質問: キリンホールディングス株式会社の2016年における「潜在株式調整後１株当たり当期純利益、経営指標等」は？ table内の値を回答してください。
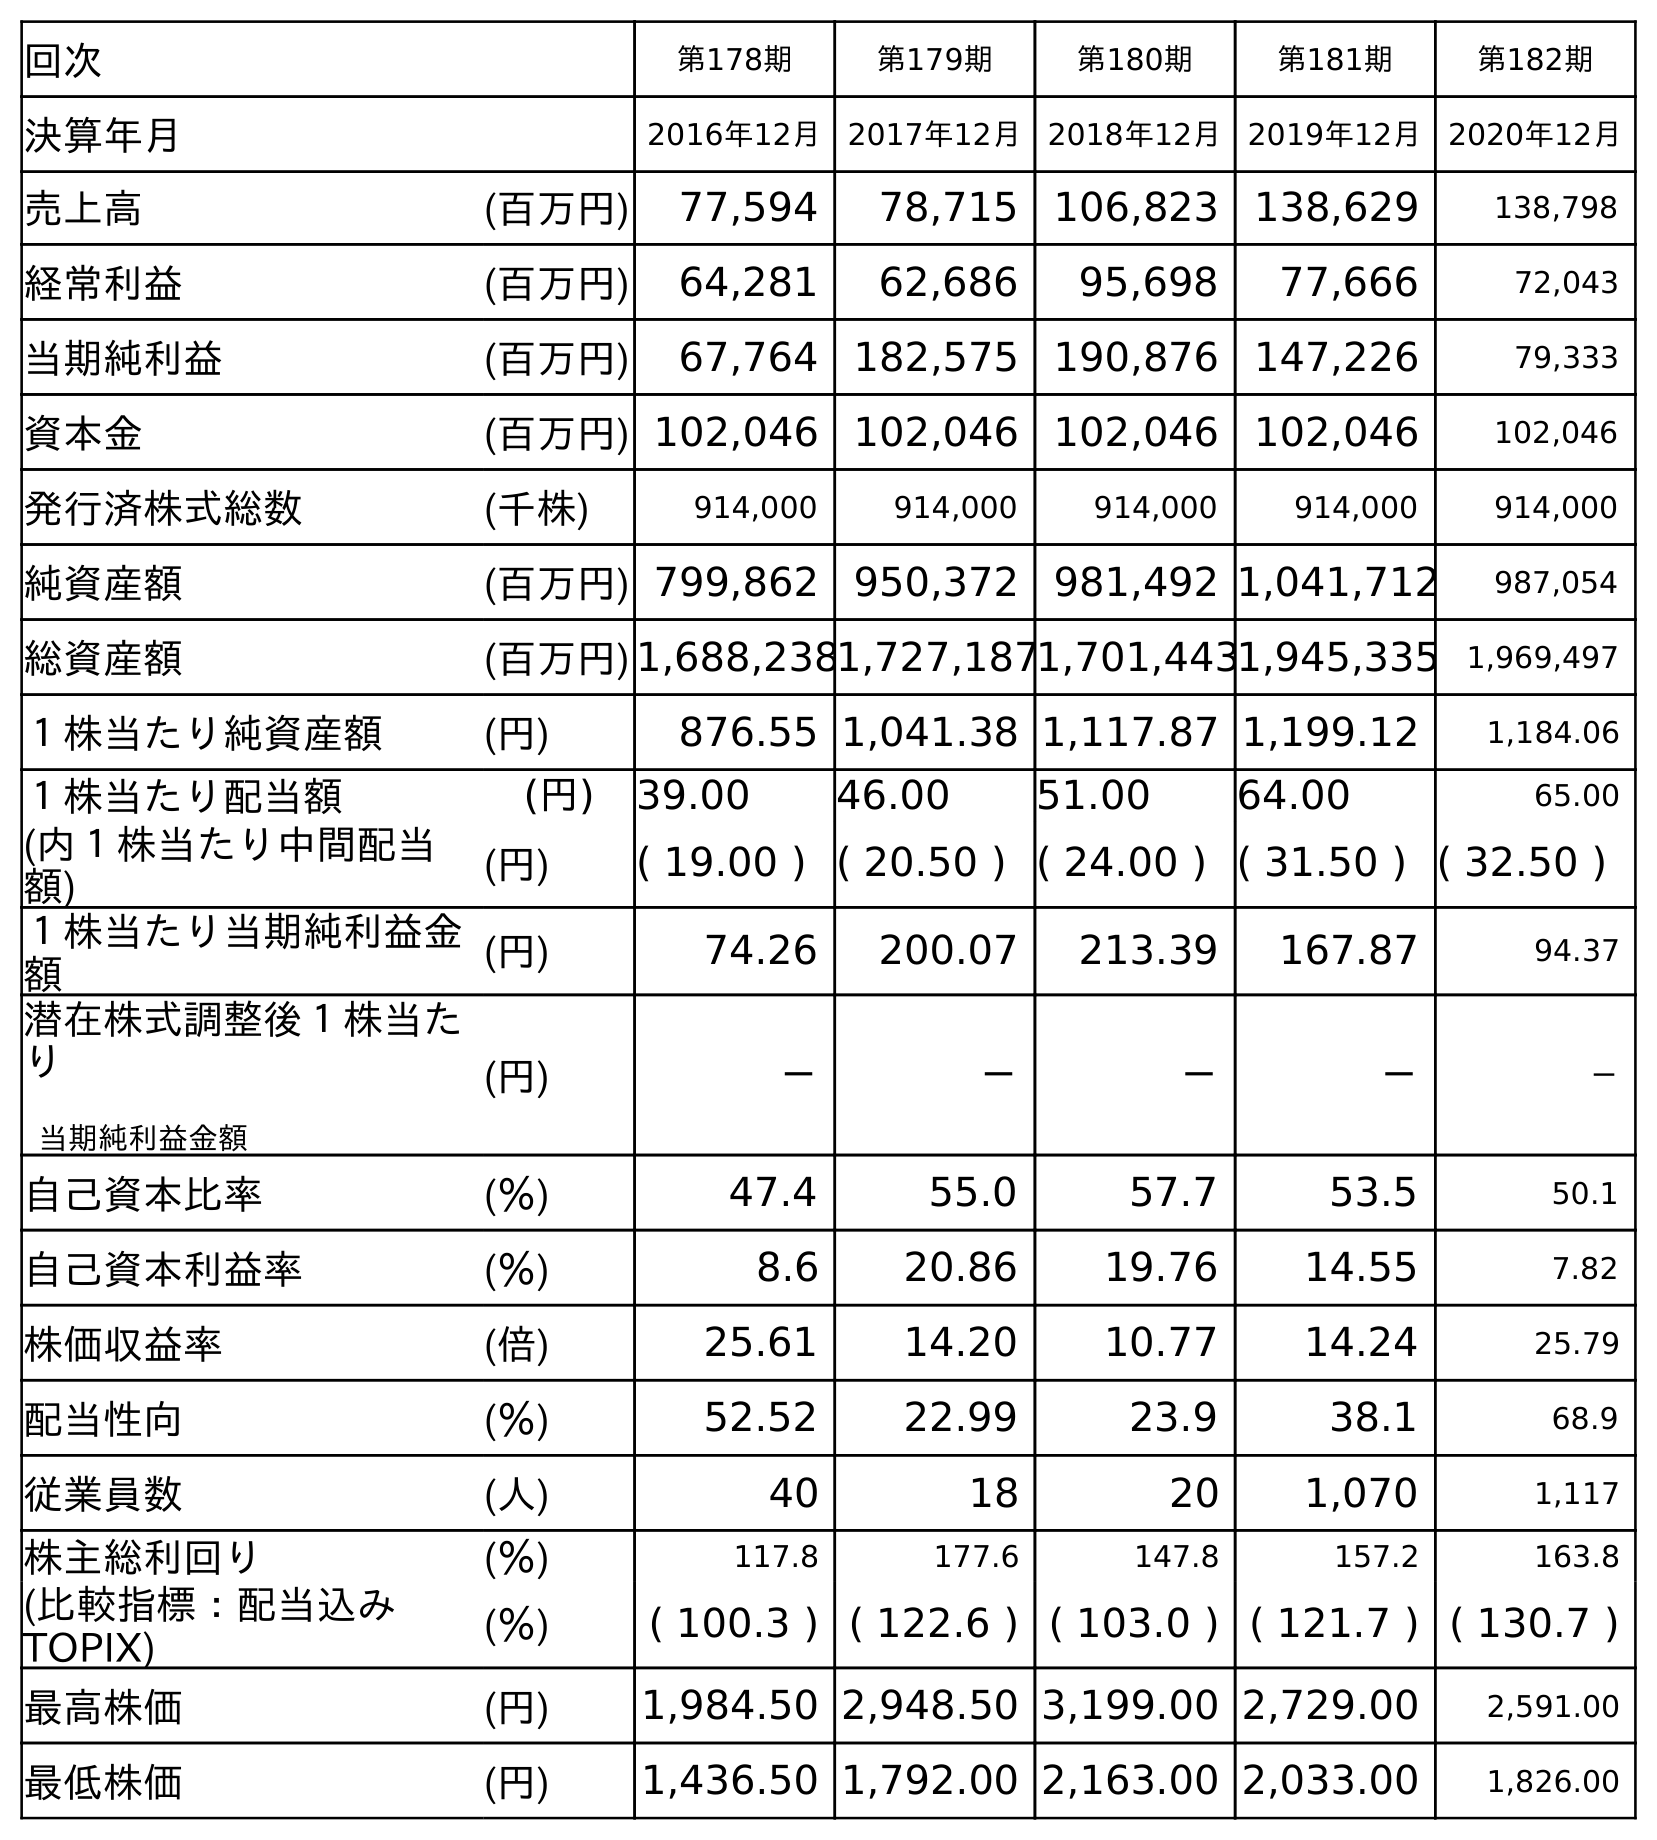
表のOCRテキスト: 回次 第178期 第179期 第180期 第181期 第182期 決算年月 2016年12月 2017年12月 2018年12月 2019年12月 2020年12月 売上高 (百万円) 77,594 78,715 106,823 138,629 138,798 経常利益 (百万円) 64,281 62,686 95,698 77,666 72,043 当期純利益 (百万円) 67,764 182,575 190,876 147,226 79,333 資本金 (百万円) 102,046 102,046 102,046 102,046 102,046 発行済株式総数 (千株) 914,000 914,000 914,000 914,000 914,000 純資産額 (百万円) 799,862 950,372 981,492 1,041,712 987,054 総資産額 (百万円)1,688,2381,727,1871,701,4431,945,335 1,969,497 １株当たり純資産額 (円) 876.55 1,041.38 1,117.87 1,199.12 1,184.06 １株当たり配当額 (円) 39.00 46.00 51.00 64.00 65.00 (内１株当たり中間配当 額) (円) ( 19.00 ) ( 20.50 ) ( 24.00 ) ( 31.50 ) ( 32.50 ) １株当たり当期純利益金 額 (円) 74.26 200.07 213.39 167.87 94.37 潜在株式調整後１株当た り 当期純利益金額 (円) － － － － － 自己資本比率 (％) 47.4 55.0 57.7 53.5 50.1 自己資本利益率 (％) 8.6 20.86 19.76 14.55 7.82 株価収益率 (倍) 25.61 14.20 10.77 14.24 25.79 配当性向 (％) 52.52 22.99 23.9 38.1 68.9 従業員数 (人) 40 18 20 1,070 1,117 株主総利回り (％) 117.8 177.6 147.8 157.2 163.8 (比較指標：配当込み TOPIX) (％) ( 100.3 ) ( 122.6 ) ( 103.0 ) ( 121.7 ) ( 130.7 ) 最高株価 (円) 1,984.50 2,948.50 3,199.00 2,729.00 2,591.00 最低株価 (円) 1,436.50 1,792.00 2,163.00 2,033.00 1,826.00
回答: －